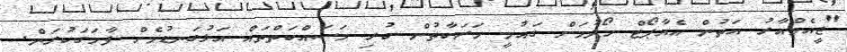
"ޖީއެމްއާރު އަތުން އެއާޕޯޓް ހޯދުމަށް ގައުމީ ހަރަކާތުން ކުރި މަސައްކަތްތައް އަޅުގަނޑުމެން ފާހަގަކުރަން.